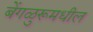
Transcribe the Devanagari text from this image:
बेंगळुरूमधील